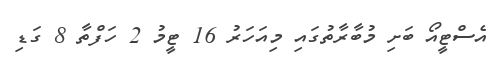
އެސްޓީއޯ ބަށި މުބާރާތުގައި މިއަހަރު 16 ޓީމު 2 ހަފްތާ 8 ގަޑި